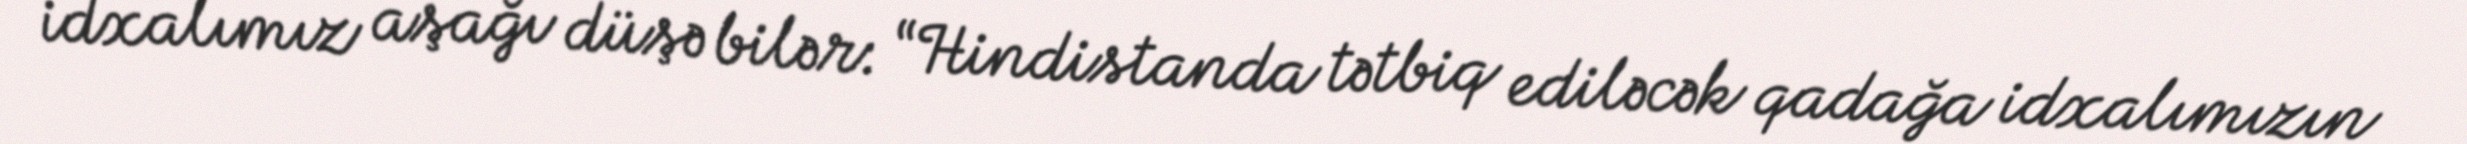
idxalımız aşağı düşə bilər: “Hindistanda tətbiq ediləcək qadağa idxalımızın